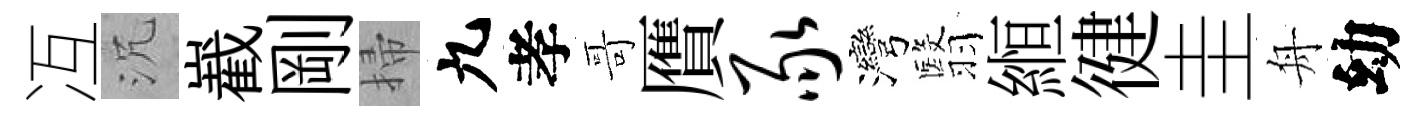
冱沉嶻剛掃九孝哥贋豕灣翳縆徤圭舟幼